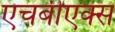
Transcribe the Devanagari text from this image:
एचबीएक्स